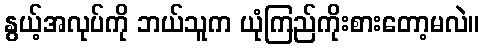
နွယ့်အလုပ်ကို ဘယ်သူက ယုံကြည်ကိုးစားတော့မလဲ။